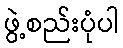
ဖွဲ့စည်းပုံပါ